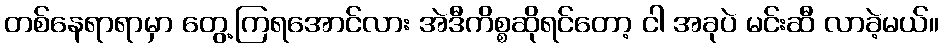
တစ်နေရာရာမှာ တွေ့ကြရအောင်လား အဲဒီကိစ္စဆိုရင်တော့ ငါ အခုပဲ မင်းဆီ လာခဲ့မယ်။